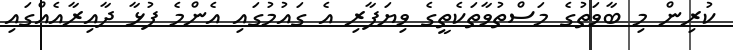
ކުރިން މި ބާވަތުގެ މަސްތުވާތަކެތީގެ ވިޔަފާރި އެ ގައުމުގައި އެންމެ ފުޅާ ދާއިރާއެއްގައި